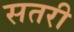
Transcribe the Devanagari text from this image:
सतरी